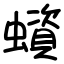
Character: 蠀